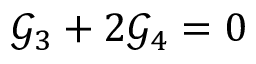
\mathcal { G } _ { 3 } + 2 \mathcal { G } _ { 4 } = 0